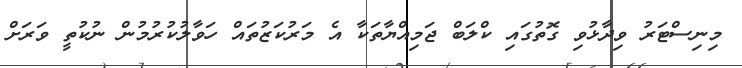
މިނިސްޓަރު ވިދާޅުވި ގޮތުގައި ކްލަބް ޖަމިއްޔާތަކާ އެ މަރުކަޒުތައް ހަވާލުކުރުމުން ނުކުތީ ވަރަށް